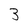
Character: 3